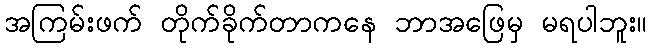
အကြမ်းဖက် တိုက်ခိုက်တာကနေ ဘာအဖြေမှ မရပါဘူး။